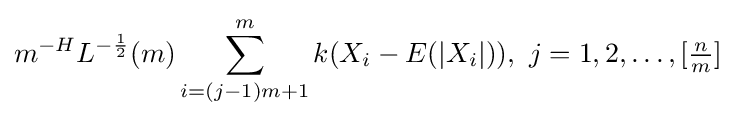
m^{-H}L^{-{\frac {1}{2}}}(m)\sum _{i=(j-1)m+1}^{m}k(X_{i}-E(|X_{i}|)),~j=1,2,\ldots ,[{\tfrac {n}{m}}]